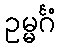
ဥမ္မင်္ဂံ